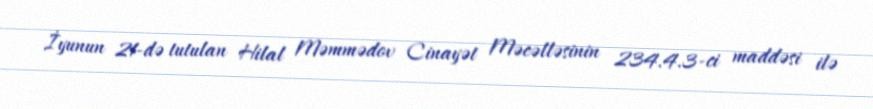
İyunun 21-də tutulan Hilal Məmmədov Cinayət Məcəlləsinin 234.4.3-ci maddəsi ilə